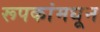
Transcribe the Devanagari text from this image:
रूपकांमधून